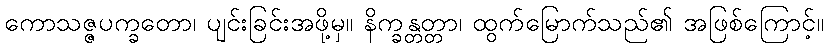
ကောသဇ္ဇပက္ခတော၊ ပျင်းခြင်းအဖို့မှ။ နိက္ခန္တတ္တာ၊ ထွက်မြောက်သည်၏ အဖြစ်ကြောင့်။